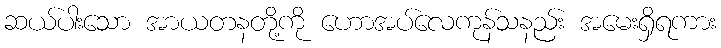
ဆယ်ပါးသော အာယတနတို့ကို ဟောအပ်လေကုန်သနည်း အမေးရှိရကား